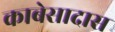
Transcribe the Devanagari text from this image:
काबेसादास